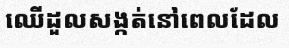
ឈើដួលសង្កត់នៅពេលដែល